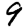
Digit: 9